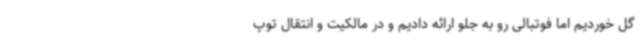
گل خوردیم اما فوتبالی رو به جلو ارائه دادیم و در مالکیت و انتقال توپ